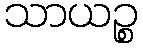
သာယဉ္စ